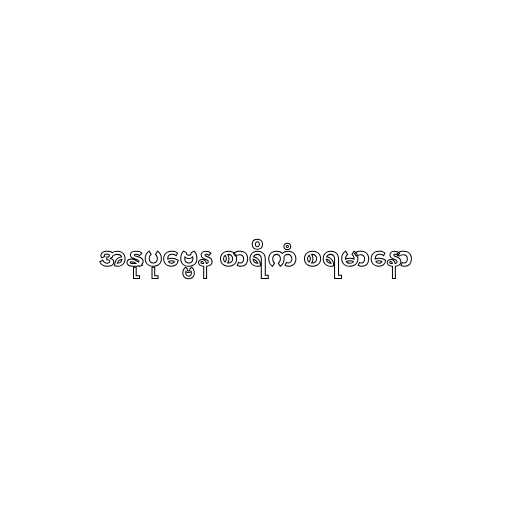
အနုပုဗ္ဗေန စာရိကံ စရမာနော